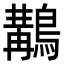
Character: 𪃺